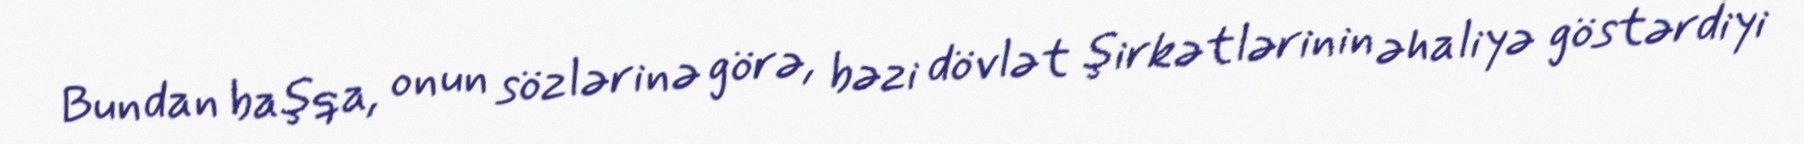
Bundan başqa, onun sözlərinə görə, bəzi dövlət şirkətlərinin əhaliyə göstərdiyi